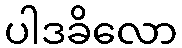
ပါဒခိလော